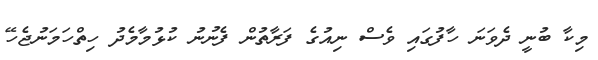
މިކާ ބުނީ ދެވަނަ ހާފުގައި ވެސް ނިއުގެ ފަރާތުން ފެނުނު ކުޅުމާމެދު ހިތްހަމަނުޖެހޭ